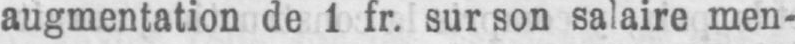
augmentation de 1 fr. sur son salaire men-